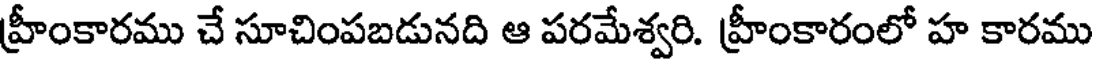
హ్రీంకారము చే సూచింపబడునది ఆ పరమేశ్వరి. హ్రీంకారంలో హ కారము